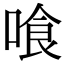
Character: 喰